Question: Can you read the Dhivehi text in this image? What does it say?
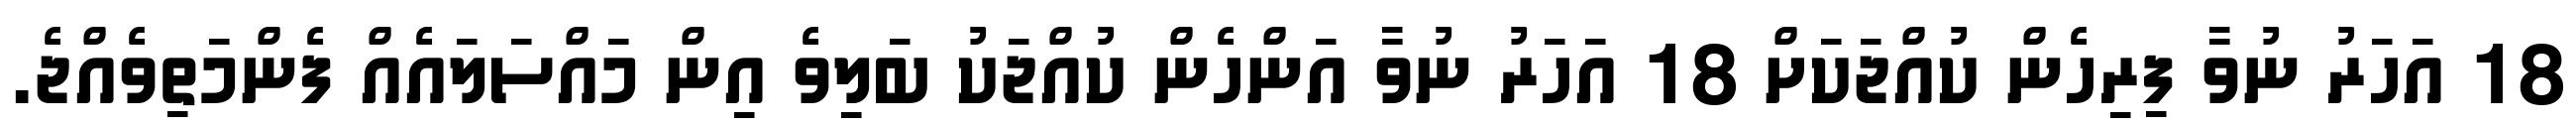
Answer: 18 އަހަރު ނުވާ ފިރިހެން ކުއްޖަކަށް 18 އަހަރު ނުވާ އަންހެން ކުއްޖަކު ބަލިވެ އިން މައްސަލައެއް ފެންމަތިވެއްޖެ.